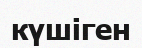
күшіген